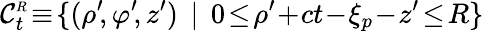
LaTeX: {\cal C}_{t}^{\scriptscriptstyle R}\! \equiv\! \{ (\rho^{\prime}\! ,\varphi^{\prime}\! ,z^{\prime})\: \: |\: \: 0\! \le\! \rho^{\prime}\! +\! ct\! -\! \xi_{p}\! -\! z^{\prime}\! \le\! R\}